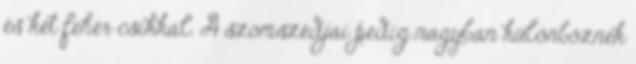
és két fehér csíkkal. A szomszédjai pedig nagyban különböznek